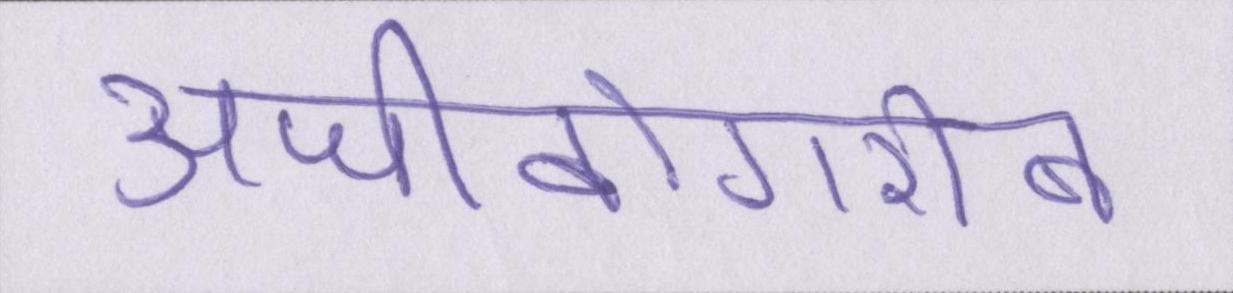
अजीबोगरीब